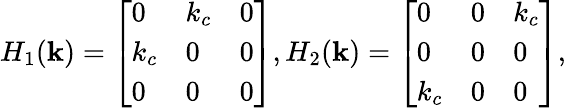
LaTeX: H_{1}(\textbf{k})=\left[\begin{array}{lll}{0}&{k_{c}}&{0}\\ {k_{c}}&{0}&{0}\\ {0}&{0}&{0}\end{array}\right],H_{2}(\textbf{k})=\left[\begin{array}{lll}{0}&{0}&{k_{c}}\\ {0}&{0}&{0}\\ {k_{c}}&{0}&{0}\end{array}\right],